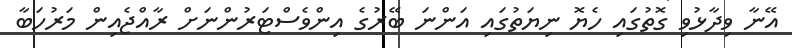
އޭނާ ވިދާޅުވި ގޮތުގައި ހެޔޮ ނިޔަތުގައި އަންނަ ބޭރުގެ އިންވެސްޓަރުންނަށް ރާއްޖެއިން މަރުހަބާ